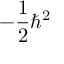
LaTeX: - { \frac { 1 } { 2 } } \hbar ^ { 2 }